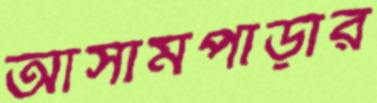
আসামপাড়ার